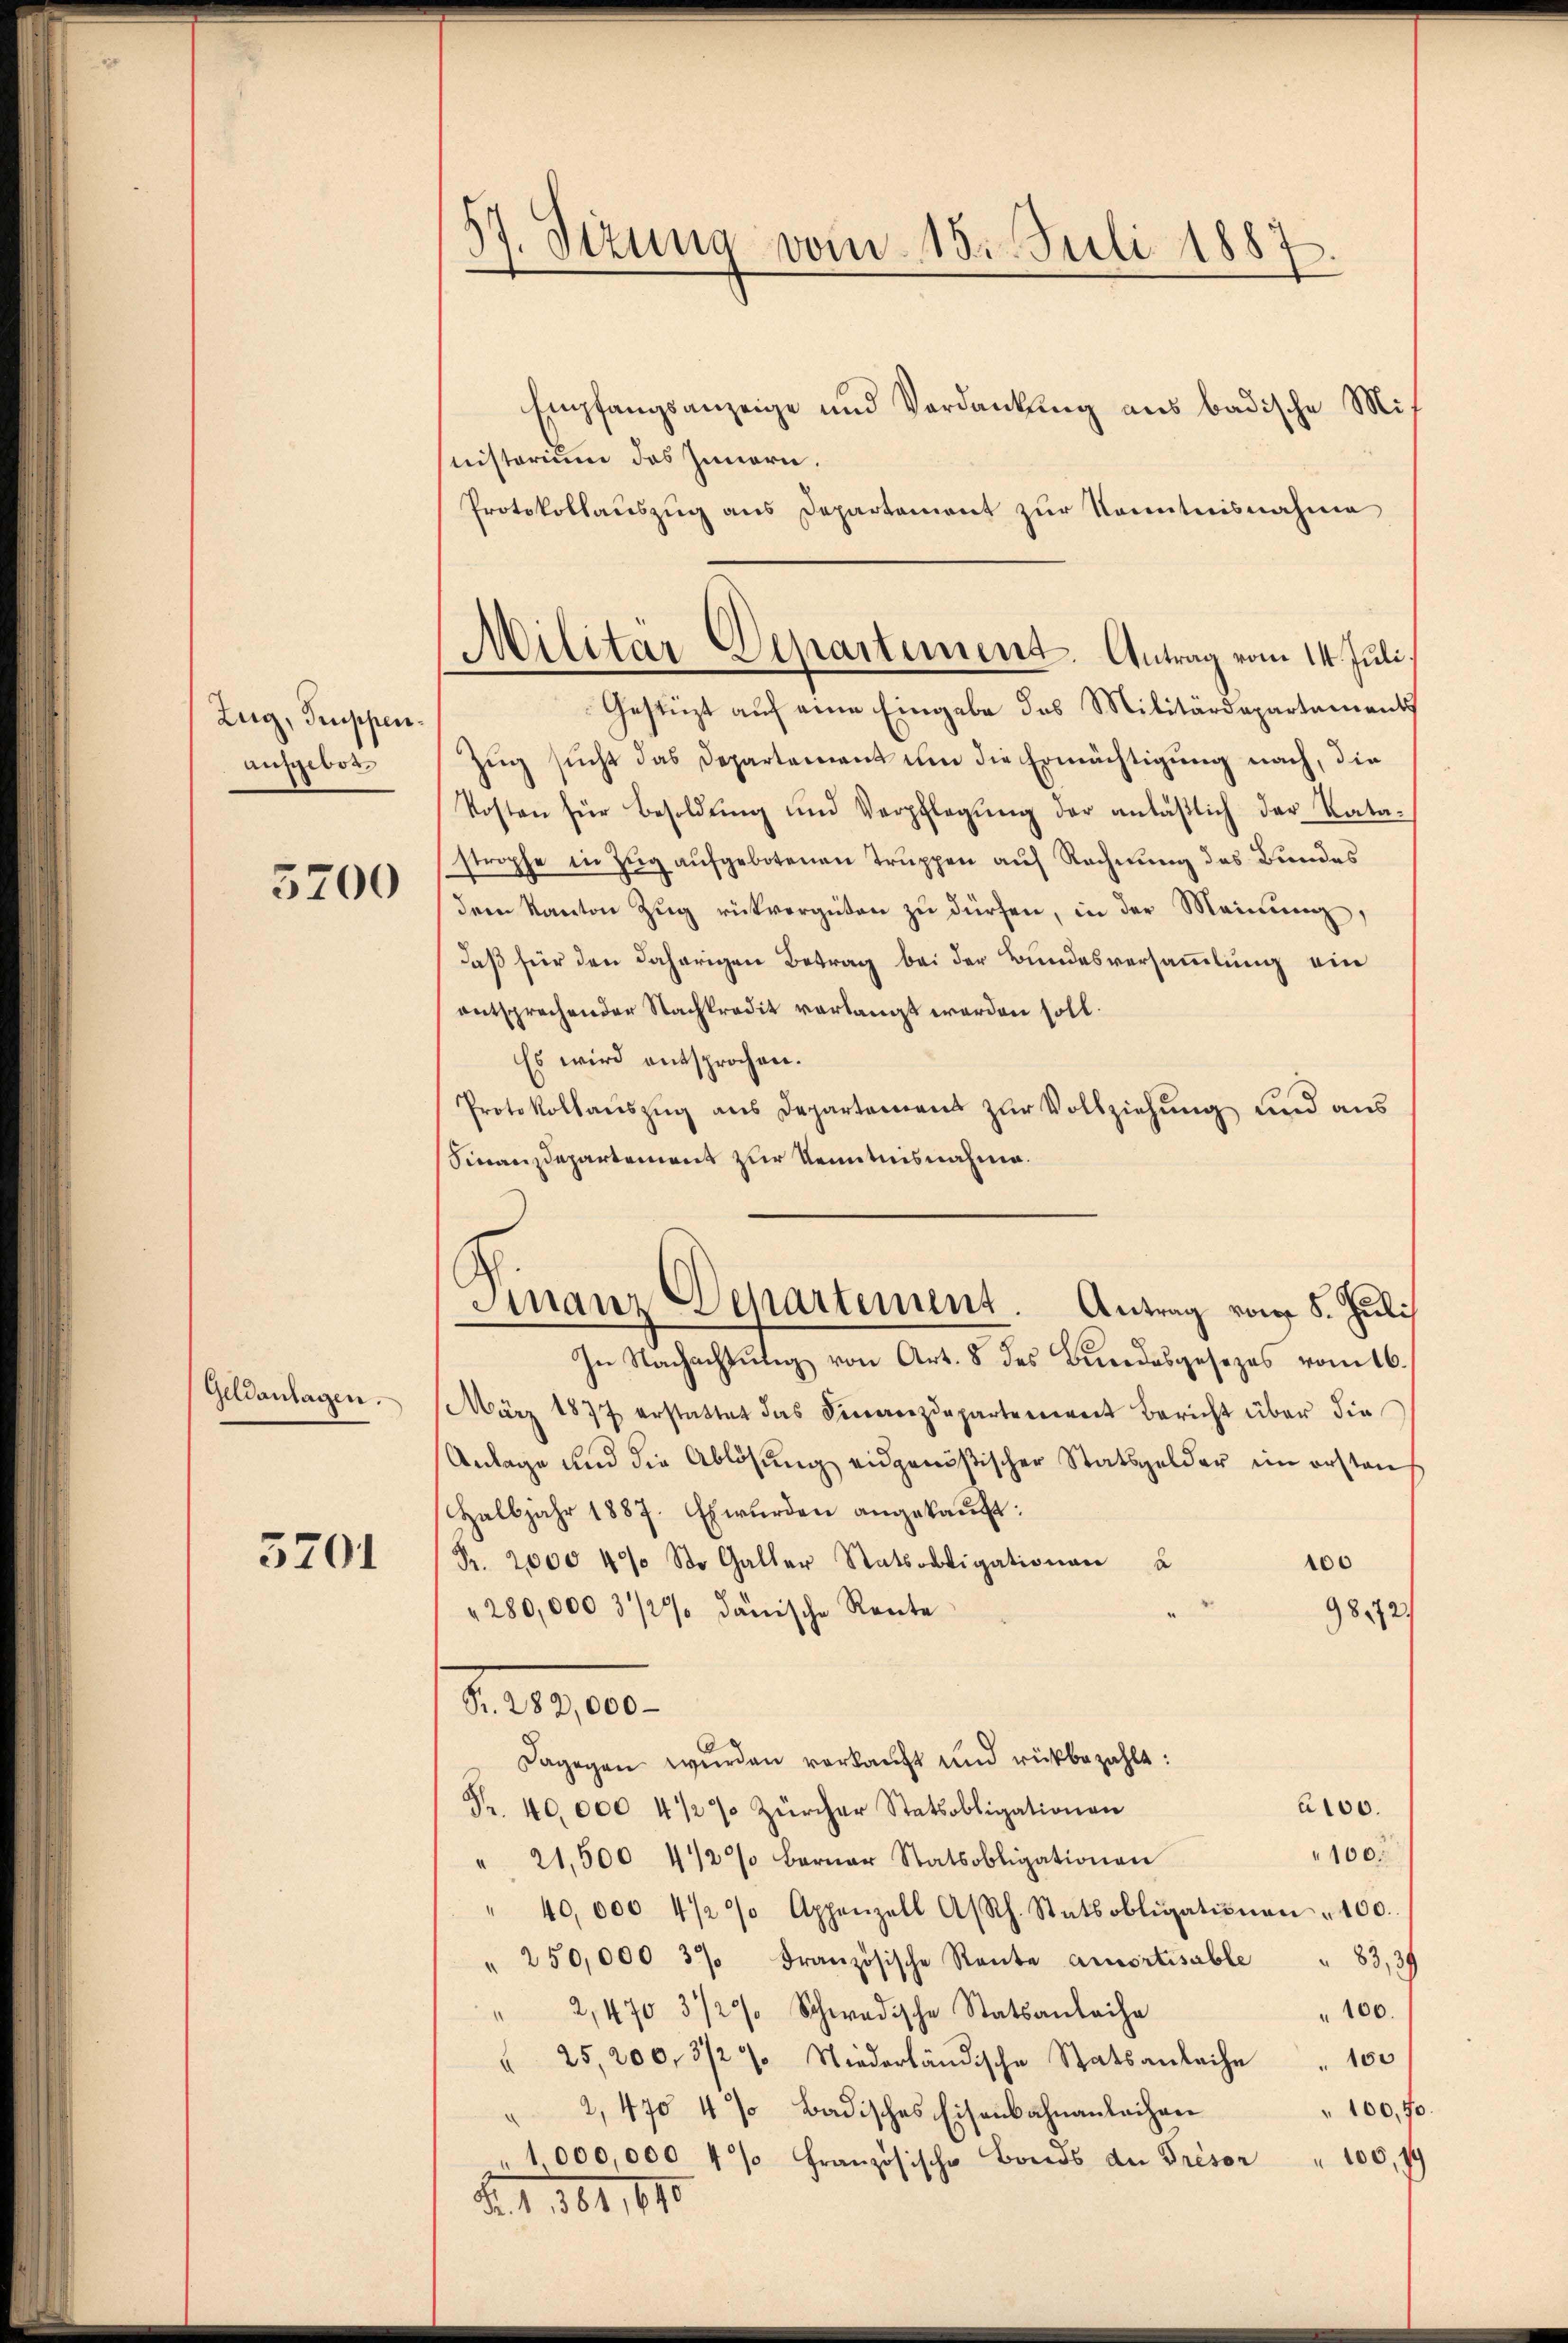
Zug, Truppen.
angebot

3200

Geldanlagen.

3201

37. Sizung vom 15. Juli 1887

Empfangsanzeige und Verdankung aus badische Ministorium das Innern.
Protokollaŭszŭg ans Departement zŭr Kenntnisnahme
Zug sucht das Departement um die Ermächtigung nach, die
Kosten für Besoldŭng und Verpflegŭng der anläβlich der Kata-
strophe in Zug aufgebotenen Truppen auf Rechnung des Bundes
dem Kanton Zŭg rückvergüten zŭ dürfen, in der Meinung,
daß für den daherigen Betrag bei der Bundesversammlung ein
entsprechender Nachkredit verlangt werden soll.
Es wird entsprochen.
Protokollaŭszŭg ans Departamens zŭr Vollziehŭng und aŭs
Finanzdepartement zur Kenntnisnahme.
März 1877 erstattet das Finanzdepartement Bericht über die
Anlage und die Ablösung eidgenößischer Statsgelder im erstan
Halbjahr 1887. Es wŭrden angekaŭft:
Pr. 2000 4% St. Galler Statsobrigationen u
100
"280,000 3/2% dänische Rente
98,72/
11, 10.
Dagegen wurden vorkauft und rückbezahlt:
100.
Fr. 40.000 4 1/2% Zürcher Statsobligationen
100.
21,500 4/2% berner Statsobligationen
40,000 4 1/2 % Appenzell Asch. Statsobligationen " 100.
" 250,000 3% Französische Rente amortisable " 83, 39
" 2,470 3 1/2% Schwedische Statsanleihe
100.
" 25,200, 3/2 % Niederländische Statsanleihe " 100
100,70
2, 470 4 % badisches Eisenbahnanleihen
" 1000,000 4 % Französische Bonds du Présor " 100, 19
d. 1. 164. 1890

Militär-Departement. Antrag vom 14. Juli.
Gestüzt auf eine Eingabe das Militärdepartement

Finanz Departement. Antrag vom 5. Juli
In Nachachtŭng von Art. 8 des Bŭndesgesezes vom 16.